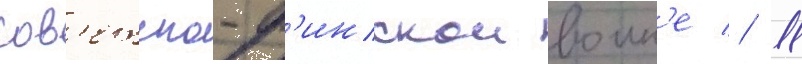
сов'етско-ф'инскои воин'е // 11